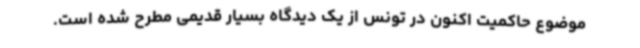
موضوع حاکمیت اکنون در تونس از یک دیدگاه بسیار قدیمی مطرح شده است.